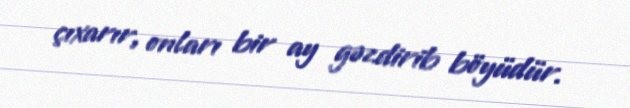
çıxarır, onları bir ay gəzdirib böyüdür.